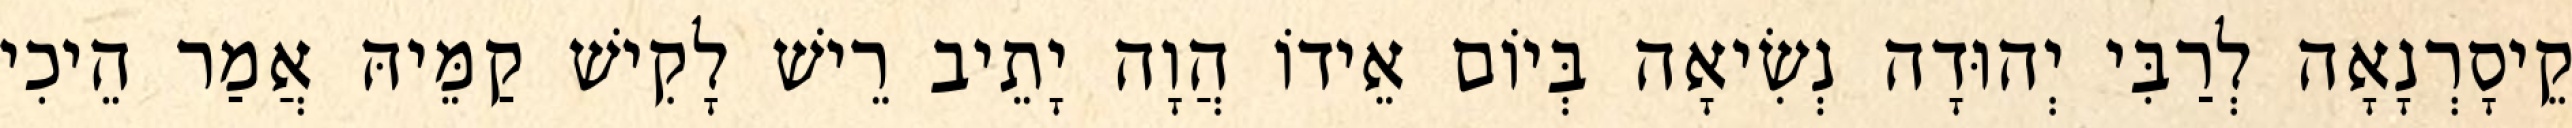
קֵיסָרְנָאָה לְרַבִּי יְהוּדָה נְשִׂיאָה בְּיוֹם אֵידוֹ הֲוָה יָתֵיב רֵישׁ לָקִישׁ קַמֵּיהּ אֲמַר הֵיכִי